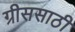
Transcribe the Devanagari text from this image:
ग्रीससाठी